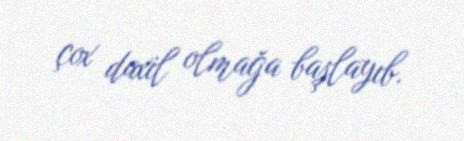
çox daxil olmağa başlayıb.